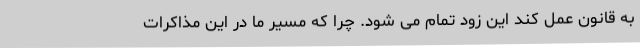
به قانون عمل کند این زود تمام می شود. چرا که مسیر ما در این مذاکرات